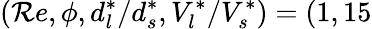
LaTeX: \left(\mathcal{R}e,\phi,d_{l}^{*}/d_{s}^{*},V_{l}^{*}/V_{s}^{*}\right)=(1,15